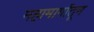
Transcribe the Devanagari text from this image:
महामार्गांतून